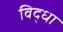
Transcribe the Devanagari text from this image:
विद्धा